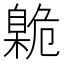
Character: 臲